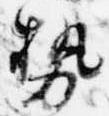
勢